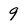
Character: 9